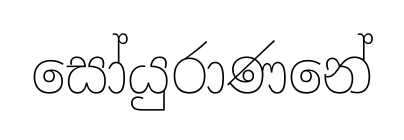
සෝයුරාණනේ